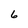
Character: 6